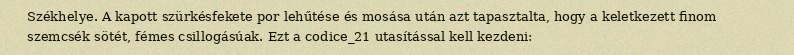
Székhelye. A kapott szürkésfekete por lehűtése és mosása után azt tapasztalta, hogy a keletkezett finom szemcsék sötét, fémes csillogásúak. Ezt a codice_21 utasítással kell kezdeni: